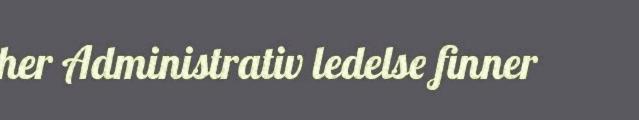
her Administrativ ledelse finner